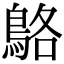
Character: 鴼